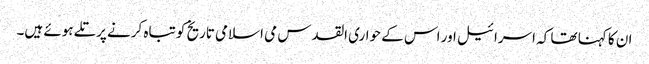
ان کا کہنا تھا کہ اسرائیل اور اس کے حواری القدس می اسلامی تاریخ کو تباہ کرنے پرتلے ہوئے ہیں۔